Lunatic asylums in Bengal annual reports 1888-1898 - 1888-1898
Year: 1888
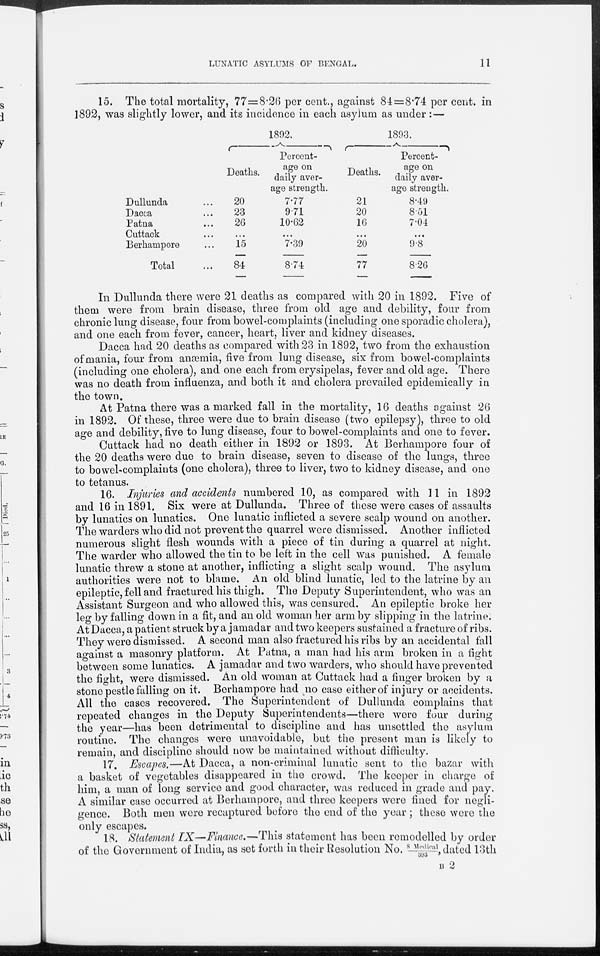
LUNATIC ASYLUMS OF BENGAL.
11
15. The total mortality, 77=8.26 per cent., against 84=8.74 per cent. in
1892, was slightly lower, and its incidence in each asylum as under :—
Dullunda ...
Dacca ...
Patna ...
Cuttack ...
Berhampore ...
Total ...
1892.
Deaths.
20
23
26
...
15
84
Percent-
age on
daily aver-
age strength.
7.77
9.71
10.62
...
7.39
8.74
1893.
Deaths.
21
20
16
...
20
77
Percent-
age on
daily aver-
age strength.
8.49
8.51
7.04
...
9.8
8.26
In Dullunda there were 21 deaths as compared with 20 in 1892. Five of
them were from brain disease, three from old age and debility, four from
chronic lung disease, four from bowel-complaints (including one sporadic cholera),
and one each from fever, cancer, heart, liver and kidney diseases.
Dacca had 20 deaths as compared with 23 in 1892, two from the exhaustion
of mania, four from anæmia, five from lung disease, six from bowel-complaints
(including one cholera), and one each from erysipelas, fever and old age. There
was no death from influenza, and both it and cholera prevailed epidemically in
the town.
At Patna there was a marked fall in the mortality, 16 deaths against 26
in 1892. Of these, three were due to brain disease (two epilepsy), three to old
age and debility, five to lung disease, four to bowel-complaints and one to fever.
Cuttack had no death either in 1892 or 1893. At Berhampore four of
the 20 deaths were due to brain disease, seven to disease of the lungs, three
to bowel-complaints (one cholera), three to liver, two to kidney disease, and one
to tetanus.
16. Injuries and accidents numbered 10, as compared with 11 in 1892
and 16 in 1891. Six were at Dullunda. Three of these were cases of assaults
by lunatics on lunatics. One lunatic inflicted a severe scalp wound on another.
The warders who did not prevent the quarrel were dismissed. Another inflicted
numerous slight flesh wounds with a piece of tin during a quarrel at night.
The warder who allowed the tin to be left in the cell was punished. A female
lunatic threw a stone at another, inflicting a slight scalp wound. The asylum
authorities were not to blame. An old blind lunatic, led to the latrine by an
epileptic, fell and fractured his thigh. The Deputy Superintendent, who was an
Assistant Surgeon and who allowed this, was censured. An epileptic broke her
leg by falling down in a fit, and an old woman her arm by slipping in the latrine.
At Dacca, a patient struck by a jamadar and two keepers sustained a fracture of ribs.
They were dismissed. A second man also fractured his ribs by an accidental fall
against a masonry platform. At Patna, a man had his arm broken in a fight
between some lunatics. A jamadar and two warders, who should have prevented
the fight, were dismissed. An old woman at Cuttack had a finger broken by a
stone pestle falling on it. Berhampore had no case either of injury or accidents.
All the cases recovered. The Superintendent of Dullunda complains that
repeated changes in the Deputy Superintendents—there were four during
the year—has been detrimental to discipline and has unsettled the asylum
routine. The changes were unavoidable, but the present man is likely to
remain, and discipline should now be maintained without difficulty.
17. Escapes.—At Dacca, a non-criminal lunatic sent to the bazar with
a basket of vegetables disappeared in the crowd. The keeper in charge of
him a man of long service and good character, was reduced in grade and pay.
A similar case occurred at Berhampore, and three keepers were fined for negli-
gence. Both men were recaptured before the end of the year ; these were the
only escapes.
18. Statement IX—Finance.—This statement has been remodelled by order
of the Government of India, as set forth in their Resolution No. 8 Medical/393, dated 13th
B 2